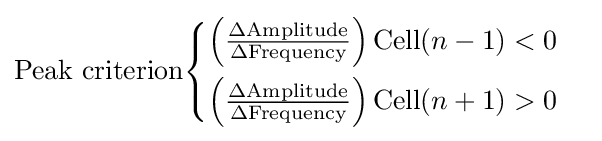
{\text{Peak criterion}}{\begin{cases}\left({\frac {\Delta {\text{Amplitude}}}{\Delta {\text{Frequency}}}}\right)\mathrm {Cell} (n-1)<0\\[6pt]\left({\frac {\Delta {\text{Amplitude}}}{\Delta {\text{Frequency}}}}\right)\mathrm {Cell} (n+1)>0\end{cases}}